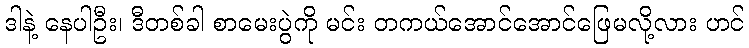
ဒါနဲ့ နေပါဦး၊ ဒီတစ်ခါ စာမေးပွဲကို မင်း တကယ်အောင်အောင်ဖြေမလို့လား ဟင်